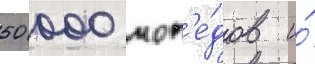
50 000 моп'е́дов и́